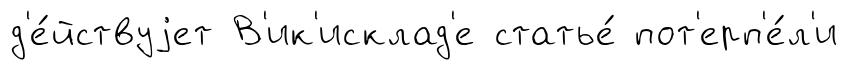
д'е́йствуjет В'ик'исклад'е статье́ пот'ерп'е́л'и